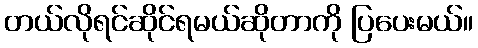
တယ်လိုရင်ဆိုင်ရမယ်ဆိုတာကို ပြပေးမယ်။